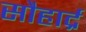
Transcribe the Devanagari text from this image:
सौहार्द्र